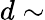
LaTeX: d\sim